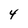
Character: 4